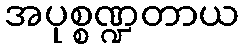
အပုစ္စဏ္ဍတာယ